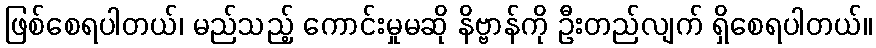
ဖြစ်စေရပါတယ်၊ မည်သည့် ကောင်းမှုမဆို နိဗ္ဗာန်ကို ဦးတည်လျက် ရှိစေရပါတယ်။